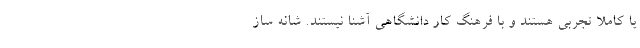
یا کاملاً تجربی هستند و با فرهنگ کار دانشگاهی آشنا نیستند. شانه ساز